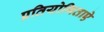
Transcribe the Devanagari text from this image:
प्रतियोगिताऐ